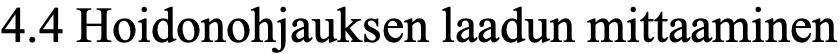
4.4 Hoidonohjauksen laadun mittaaminen